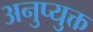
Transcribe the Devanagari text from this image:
अनुप्युक्त